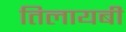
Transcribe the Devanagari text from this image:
तिलायबी